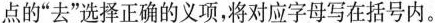
点的”去”选择正确的义项，将对应字母写在括号内。